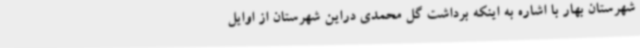
شهرستان بهار با اشاره به اینکه برداشت گل محمدی دراین شهرستان از اوایل